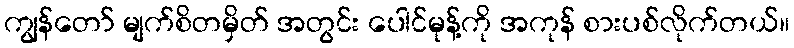
ကျွန်တော် မျက်စိတမှိတ် အတွင်း ပေါင်မုန့်ကို အကုန် စားပစ်လိုက်တယ်။